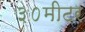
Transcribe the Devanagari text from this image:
३०मीटर